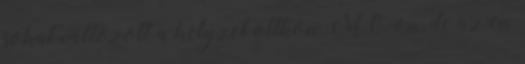
sokat valtozott a helyzet otthon MO-on, de az en